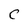
Character: C